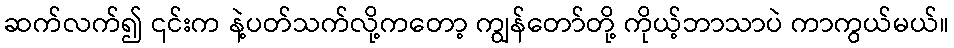
ဆက်လက်၍ ၎င်းက နဲ့ပတ်သက်လို့ကတော့ ကျွန်တော်တို့ ကိုယ့်ဘာသာပဲ ကာကွယ်မယ်။